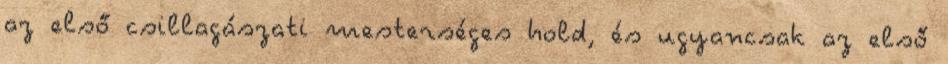
az első csillagászati mesterséges hold, és ugyancsak az első